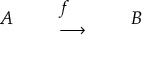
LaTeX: \begin{array} { l l l l l } { A } & { } & { { \begin{array} { l } { f } \\ { \longrightarrow } \end{array} } } & { } & { B } \end{array}